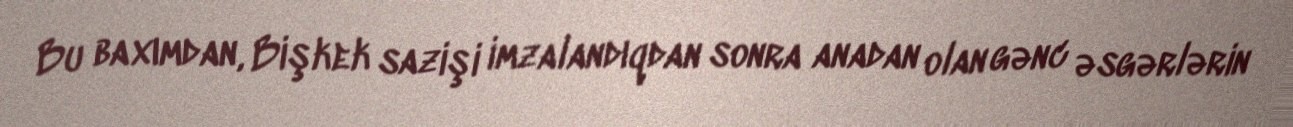
Bu baxımdan, Bişkek sazişi imzalandıqdan sonra anadan olan gənc əsgərlərin